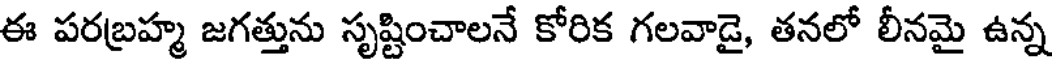
ఈ పరబ్రహ్మ జగత్తును సృష్టించాలనే కోరిక గలవాడై, తనలో లీనమై ఉన్న